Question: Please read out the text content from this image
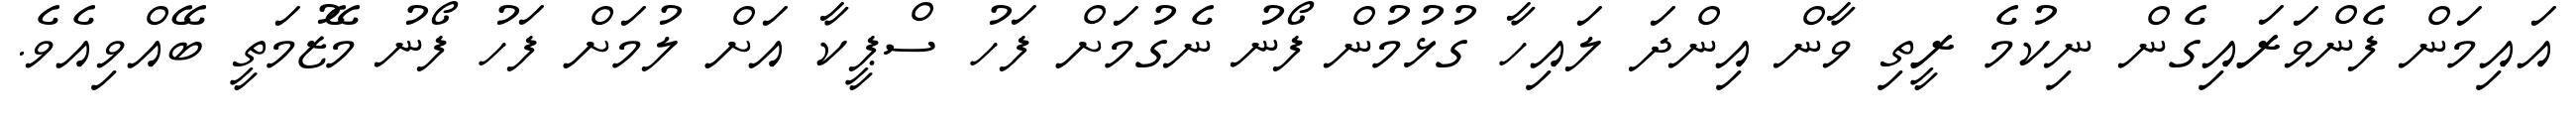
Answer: އައިމަން ފެންވަރައިގެން ނިކުމެ ރީތި ވާން އިންދަ ލައިހާ ގުޅުމުން ފޯނު ނެގުމަށް ފަހު ސްޕީކާ އަށް ލުމަށް ފަހު ފޯނު މޭޒުމަތީ ބޭއްވިއެވެ.